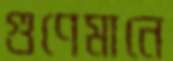
গুণেমানে